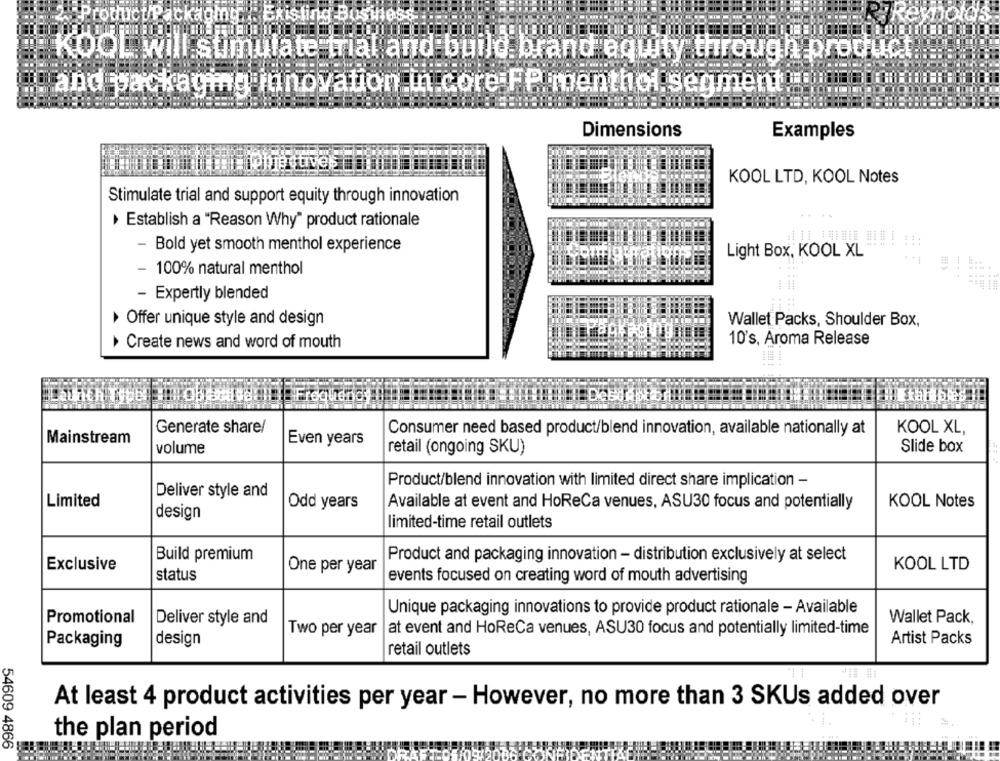
Product Packaging : Existing B
KOOL will stimulate trial and build brand equity through produc
and packaging innovation in core FP menthol segment !!
Dimensions
Examples
KOOL LTD, KOOL Notes
Stimulate trial and support equity through innovation
Establish a "Reason Why" product rationale
- Bold yet smooth menthol experience
Light Box, KOOL XL
** 1
HE'S
- 100% natural menthol
.. 4
- Expertly blended
Offer unique style and design
Wallet Packs, Shoulder Box,
10's, Aroma Release
Create news and word of mouth
Generate share/
Consumer need based product/blend innovation, available nationally at
KOOL XL,
Mainstream
Even years
volume
retail (ongoing SKU)
Slide box
Product/blend innovation with limited direct share implication -
Deliver style and
Limited
Odd years
Available at event and HoReCa venues, ASU30 focus and potentially
KOOL Notes
design
limited-time retail outlets
Build premium
Product and packaging innovation - distribution exclusively at select
Exclusive
One per year
KOOL LTD
status
events focused on creating word of mouth advertising
Unique packaging innovations to provide product rationale - Available
Promotional
Deliver style and
Wallet Pack,
Two per year
at event and HoReCa venues, ASU30 focus and potentially limited-time
Packaging
design
Artist Packs
retail outlets
At least 4 product activities per year - However, no more than 3 SKUs added over
the plan period
54609 4866